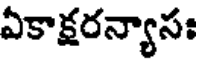
ఏకాక్షరన్యాసః